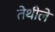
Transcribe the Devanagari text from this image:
तेथीले